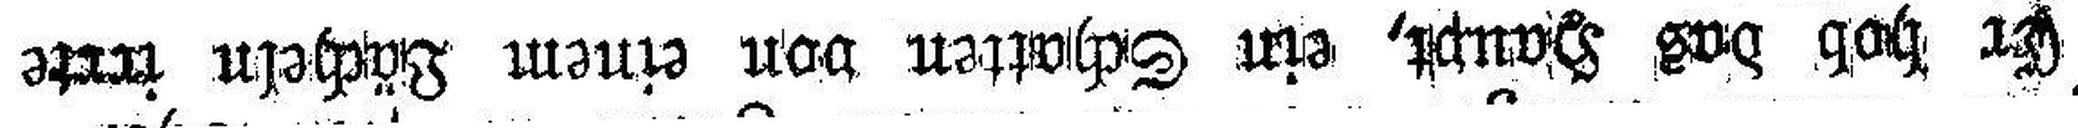
Er hob das Haupt, ein Schatten von einem Lächeln irrte